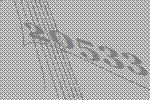
20533